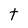
Character: t